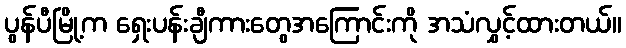
ပွန်ပီမြို့က ရှေးပန်းချီကားတွေအကြောင်းကို အသံလွှင့်ထားတယ်။